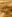
لو